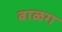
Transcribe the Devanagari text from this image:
बाळग